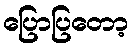
ပြောပြတော့